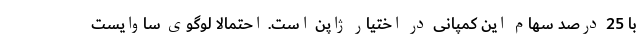
با 25 درصد سهام این کمپانی در اختیار ژاپن است. احتمالا لوگوی ساوایست